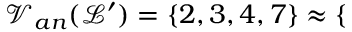
\mathcal { V } _ { a n } ( \mathcal { L } ^ { \prime } ) = \{ 2 , 3 , 4 , 7 \} \approx \{